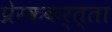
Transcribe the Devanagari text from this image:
प्रेरककर्त्ता